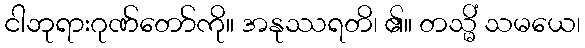
ငါဘုရားဂုဏ်တော်ကို။ အနုဿရတိ၊ ၏။ တသ္မိံ သမယေ၊